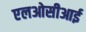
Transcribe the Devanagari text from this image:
एलओसीआई